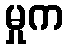
မှုက